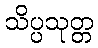
သိပ္ပသုတ္တ